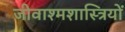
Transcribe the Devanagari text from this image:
जीवाश्मशास्त्रियों